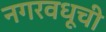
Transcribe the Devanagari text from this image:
नगरवधूची